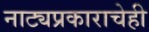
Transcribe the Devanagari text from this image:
नाट्यप्रकाराचेही